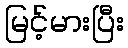
မြင့်မားပြီး